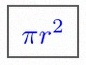
\pi r^2